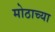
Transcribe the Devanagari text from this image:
मोठाच्या